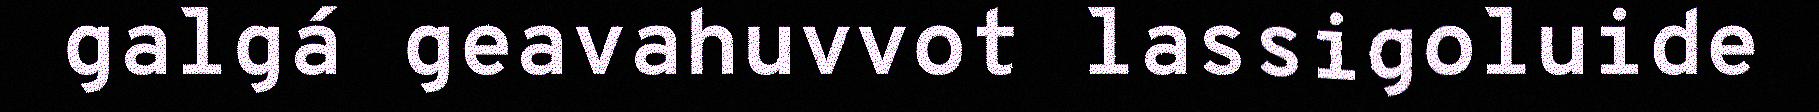
galgá geavahuvvot lassigoluide